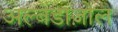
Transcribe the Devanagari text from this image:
अल्बेंडाज़ोल